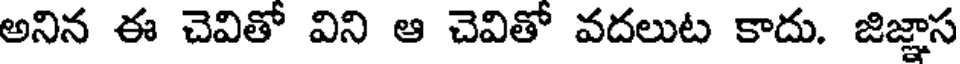
అనిన ఈ చెవితో విని ఆ చెవితో వదలుట కాదు. జిజ్ఞాస